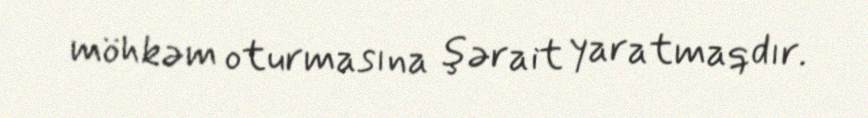
möhkəm oturmasına şərait yaratmaqdır.